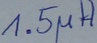
Text: 1.5µH